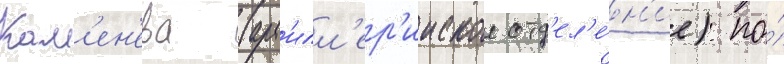
Кам'ен'ева (арт'илл'ер'ииское отд'ел'е́н'ие) по́